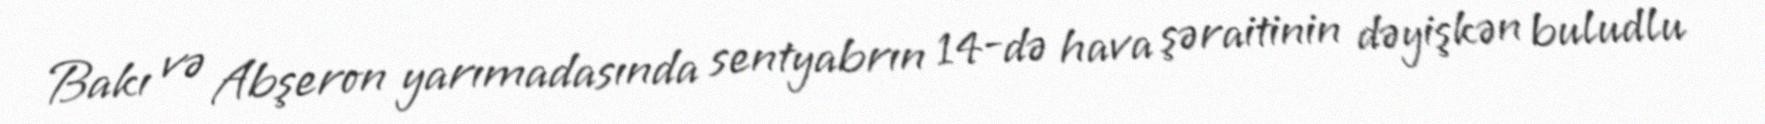
Bakı və Abşeron yarımadasında sentyabrın 14-də hava şəraitinin dəyişkən buludlu